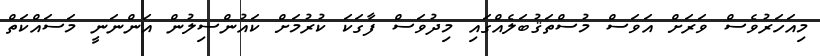
މިއަހަރުވެސް ވަރަށް އަވަސް މުސްތަޤުބަލެއްގައި މިދުވަސް ފާގަކަ ކުރުމަށް ކައުންސިލުން އަންނަނީ މަސައްކަތް